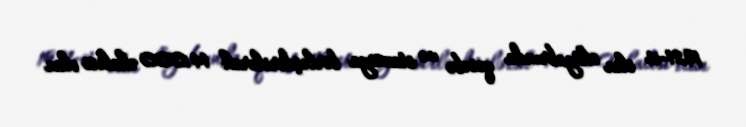
1921-ci ilin oktyabrında qəsəbə və stansiya birləşdirilərək 14.000 əhalisi olan